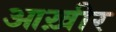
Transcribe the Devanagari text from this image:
आख़ीर